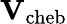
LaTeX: \mathbf{V}_{\mathrm{cheb}}